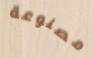
مصنوعة